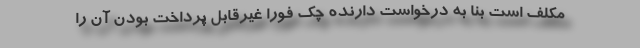
مکلف است بنا به درخواست دارنده چک فوراً غیرقابل پرداخت بودن آن را